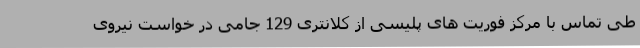
طی تماس با مرکز فوریت های پلیسی از کلانتری 129 جامی در خواست نیروی